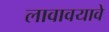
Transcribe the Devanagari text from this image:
लावावयावे